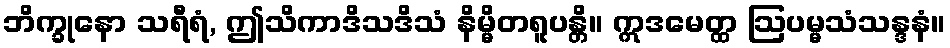
ဘိက္ခုနော သရီရံ, ဤသိကာဒိသဒိသံ နိမ္မိတရူပန္တိ။ ဣဒမေတ္ထ ဩပမ္မသံသန္ဒနံ။